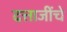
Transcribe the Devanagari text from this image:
दत्ताजींचे